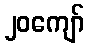
၂၀ကျော်